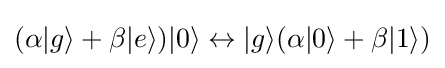
(\alpha |g\rangle +\beta |e\rangle )|0\rangle \leftrightarrow |g\rangle (\alpha |0\rangle +\beta |1\rangle )